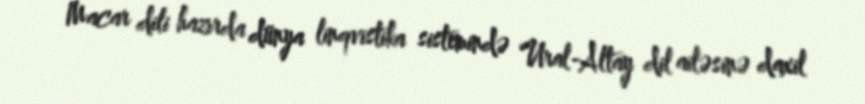
Macar dili hazırda dünya linqvistika sistemində Ural-Altay dil ailəsinə daxil